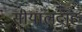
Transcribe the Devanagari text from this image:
सीयालदाह